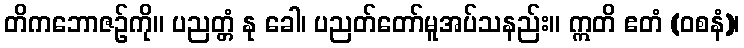
တိကဘောဇဉ်ကို။ ပညတ္တံ နု ခေါ၊ ပညတ်တော်မူအပ်သနည်း။ ဣတိ ဧတံ (ဝစနံ)၊